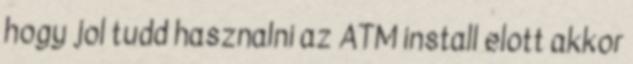
hogy jol tudd hasznalni az ATM install elott akkor